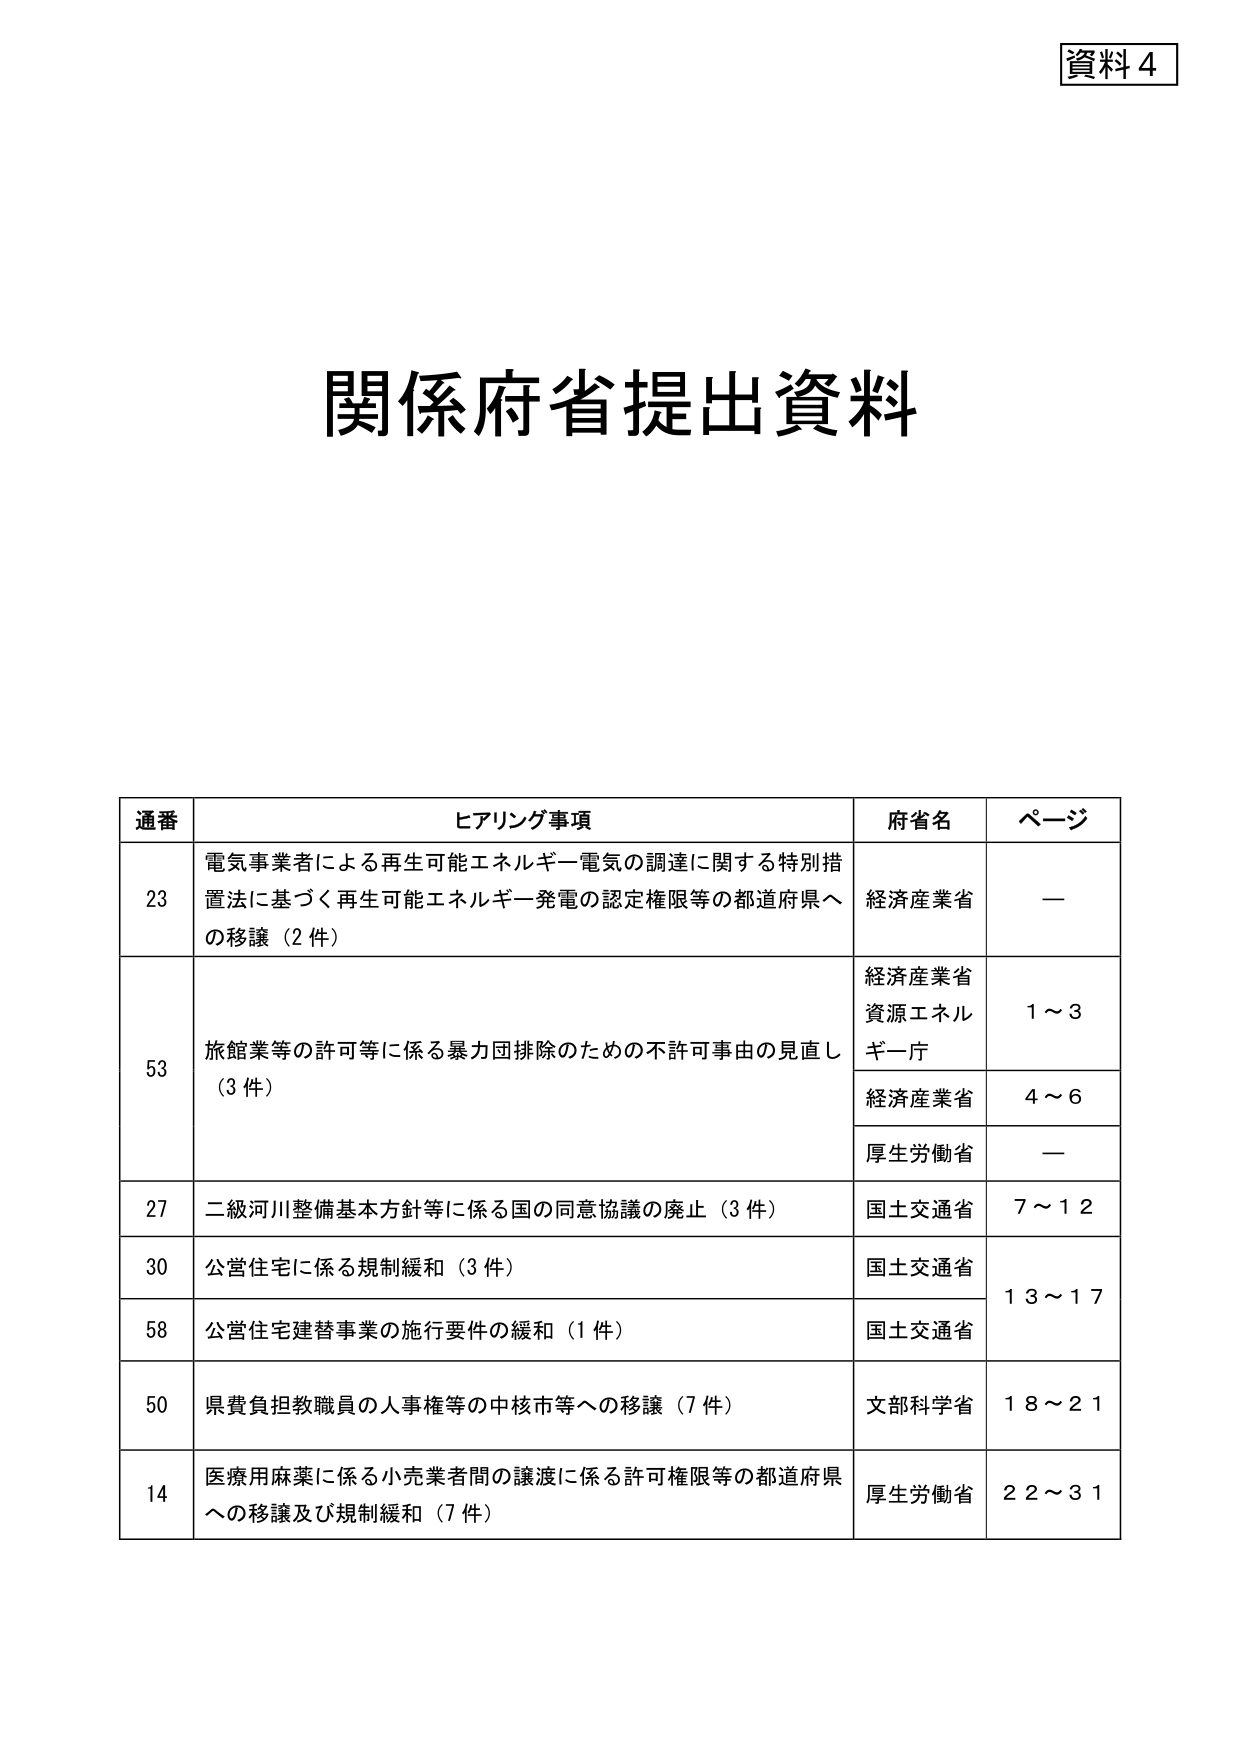
資料４

関係府省提出資料

通番 ヒアリング事項 府省名 ページ
23 電気事業者による再生可能エネルギー電気の調達に関する特別措置法に基づく再生可能エネルギー発電の認定権限等の都道府県への移譲（2件） 経済産業省 —
53 旅館業等の許可等に係る暴力団排除のための不許可事由の見直し（3件） 経済産業省 資源エネルギー庁 1～3
 経済産業省 4～6
 厚生労働省 —
27 二級河川整備基本方針等に係る国の同意協議の廃止（3件） 国土交通省 7～12
30 公営住宅に係る規制緩和（3件） 国土交通省 13～17
58 公営住宅建替事業の施行要件の緩和（1件） 国土交通省
50 県費負担教職員の人事権等の中核市等への移譲（7件） 文部科学省 18～21
14 医療用麻薬に係る小売業者間の譲渡に係る許可権限等の都道府県への移譲及び規制緩和（7件） 厚生労働省 22～31